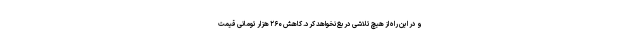
و در این راه از هیچ تلاشی دریغ نخواهد کرد. کاهش ۲۶۰ هزار تومانی قیمت